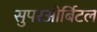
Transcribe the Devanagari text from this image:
सुपरओर्बिटल